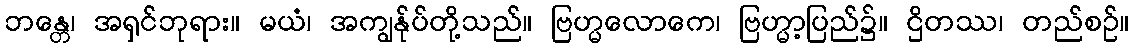
ဘန္တေ၊ အရှင်ဘုရား။ မယံ၊ အကျွန်ုပ်တို့သည်။ ဗြဟ္မလောကေ၊ ဗြဟ္မာ့ပြည်၌။ ဌိတဿ၊ တည်စဉ်။